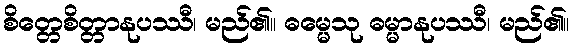
စိတ္တေစိတ္တာနုပဿီ၊ မည်၏။ ဓမ္မေသု ဓမ္မာနုပဿီ၊ မည်၏။